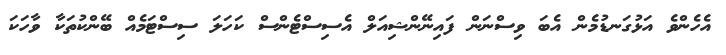
އެހެންވެ އަޅުގަނޑުމެން އެބަ ވިސްނަން ފައިނޭންޝިއަލް އެސިސްޓެންސް ކަހަލަ ސިސްޓަމެއް ބޭންކުތަކާ ވާހަކަ